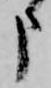
申